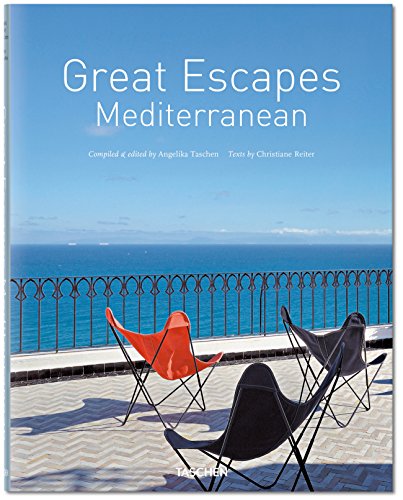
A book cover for Great Escapes Mediterranean: Updated Edition; Christiane Reiter; Travel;